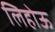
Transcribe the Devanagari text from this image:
लिहोऊ